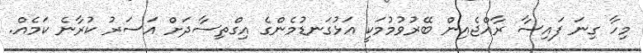
މިހާ ގިނަ ފައިސާ ރާއްޖެއިން ބޭރުވުމުމަކީ އަޅުގަނޑުމެންގެ އިގްތިސާދަށް އަސަރު ކުރާނެ ކަމެއް.